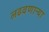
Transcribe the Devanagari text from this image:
लढवणाऱ्या